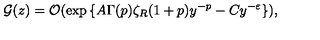
{ \cal G } ( z ) = { \cal O } ( \exp { \{ A \Gamma ( p ) \zeta _ { R } ( 1 + p ) y ^ { - p } - C y ^ { - \varepsilon } \} } ) \mathrm { , }